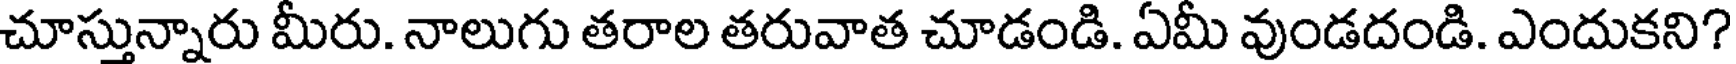
చూస్తున్నారు మీరు. నాలుగు తరాల తరువాత చూడండి. ఏమీ వుండదండి. ఎందుకని?